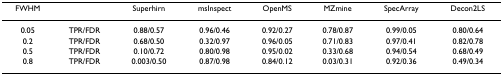
<table><thead><tr><td><b>FWHM</b></td><td></td><td><b>Superhirn</b></td><td><b>msInspect</b></td><td><b>OpenMS</b></td><td><b>MZmine</b></td><td><b>SpecArray</b></td><td><b>Decon2LS</b></td></tr></thead><tbody><tr><td>0.05</td><td>TPR/FDR</td><td>0.88/0.57</td><td>0.96/0.46</td><td>0.92/0.27</td><td>0.78/0.87</td><td>0.99/0.05</td><td>0.80/0.64</td></tr><tr><td>0.2</td><td>TPR/FDR</td><td>0.68/0.50</td><td>0.32/0.97</td><td>0.96/0.05</td><td>0.71/0.83</td><td>0.97/0.41</td><td>0.82/0.78</td></tr><tr><td>0.5</td><td>TPR/FDR</td><td>0.10/0.72</td><td>0.80/0.98</td><td>0.95/0.02</td><td>0.33/0.68</td><td>0.94/0.54</td><td>0.68/0.49</td></tr><tr><td>0.8</td><td>TPR/FDR</td><td>0.003/0.50</td><td>0.87/0.98</td><td>0.84/0.12</td><td>0.03/0.31</td><td>0.92/0.36</td><td>0.49/0.34</td></tr></tbody></table>